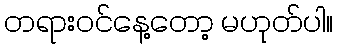
တရားဝင်နေ့တော့ မဟုတ်ပါ။